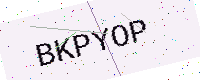
Text: BKPYOP